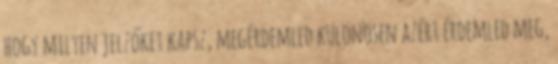
hogy milyen jelzőket kapsz, megérdemled különösen azért érdemled meg,